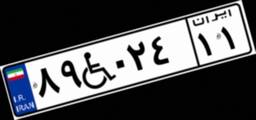
۸۹W۰۲۴۱۱